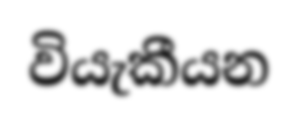
වියැකීයන